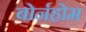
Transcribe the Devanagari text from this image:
बोर्नहोम